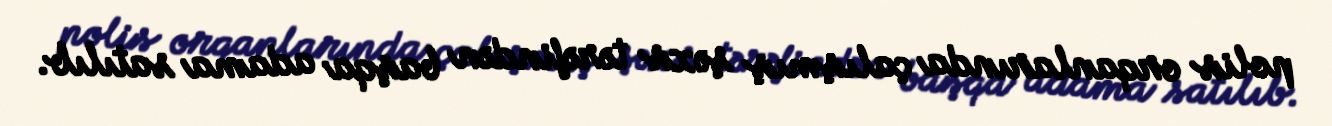
polis orqanlarında çalışmış şəxs tərəfindən başqa adama satılıb.